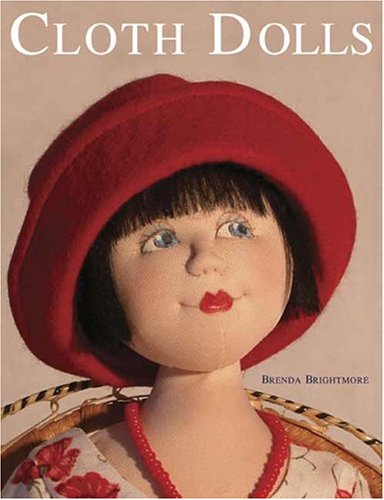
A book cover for Cloth Dolls; Brenda Brightmore; Crafts, Hobbies & Home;